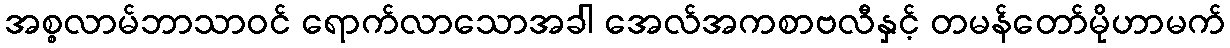
အစ္စလာမ်ဘာသာဝင် ရောက်လာသောအခါ အေလ်အကစာဗလီနှင့် တမန်တော်မိုဟာမက်